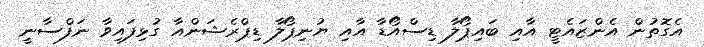
އެގޮތުން އެންޒައެޓީ އާއި ބައިޕޯލާ ޑިސްއޯޑާ އާއި ޔުނިޕޯލާ ޑިޕްރެޝަންއާ ގުޅިފައިވާ ނަފްސާނީ